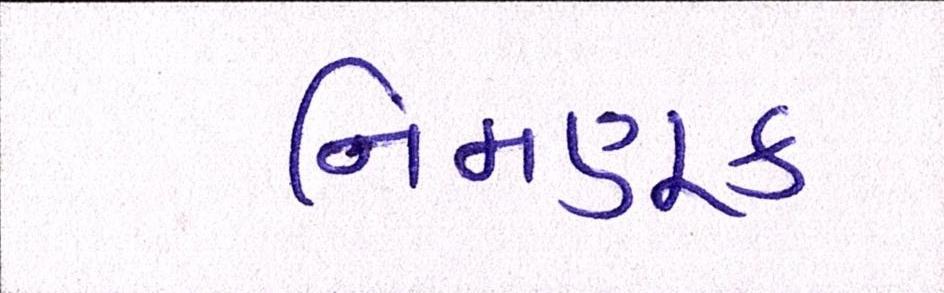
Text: નિમણૂક